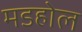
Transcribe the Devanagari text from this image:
मडहोल